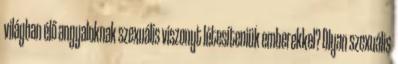
világban élő angyaloknak szexuális viszonyt létesíteniük emberekkel? Olyan szexuális